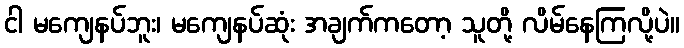
ငါ မကျေနပ်ဘူး၊ မကျေနပ်ဆုံး အချက်ကတော့ သူတို့ လိမ်နေကြလို့ပဲ။